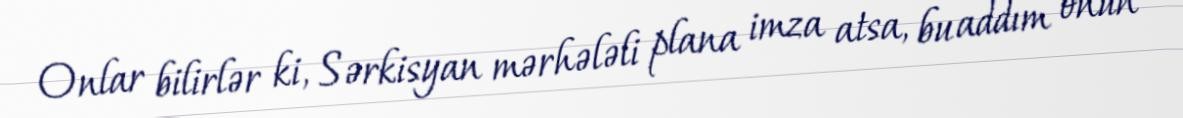
Onlar bilirlər ki, Sərkisyan mərhələli plana imza atsa, bu addım onun